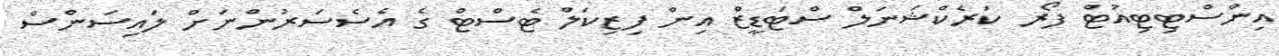
އިންސްޓިޓިއުޓް ފޯރ ކަރެކްޝަނަލް ސްޓަޑީޒް އިން ފިޒިކަލް ޓެސްޓް ގެ އެސެސަރުންނަށް ލައިސަންސް